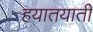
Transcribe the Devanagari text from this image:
हयातयाती